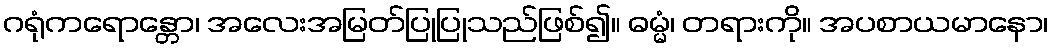
ဂရုံကရောန္တော၊ အလေးအမြတ်ပြုပြုသည်ဖြစ်၍။ ဓမ္မံ၊ တရားကို။ အပစာယမာနော၊